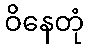
ဝိနေတုံ